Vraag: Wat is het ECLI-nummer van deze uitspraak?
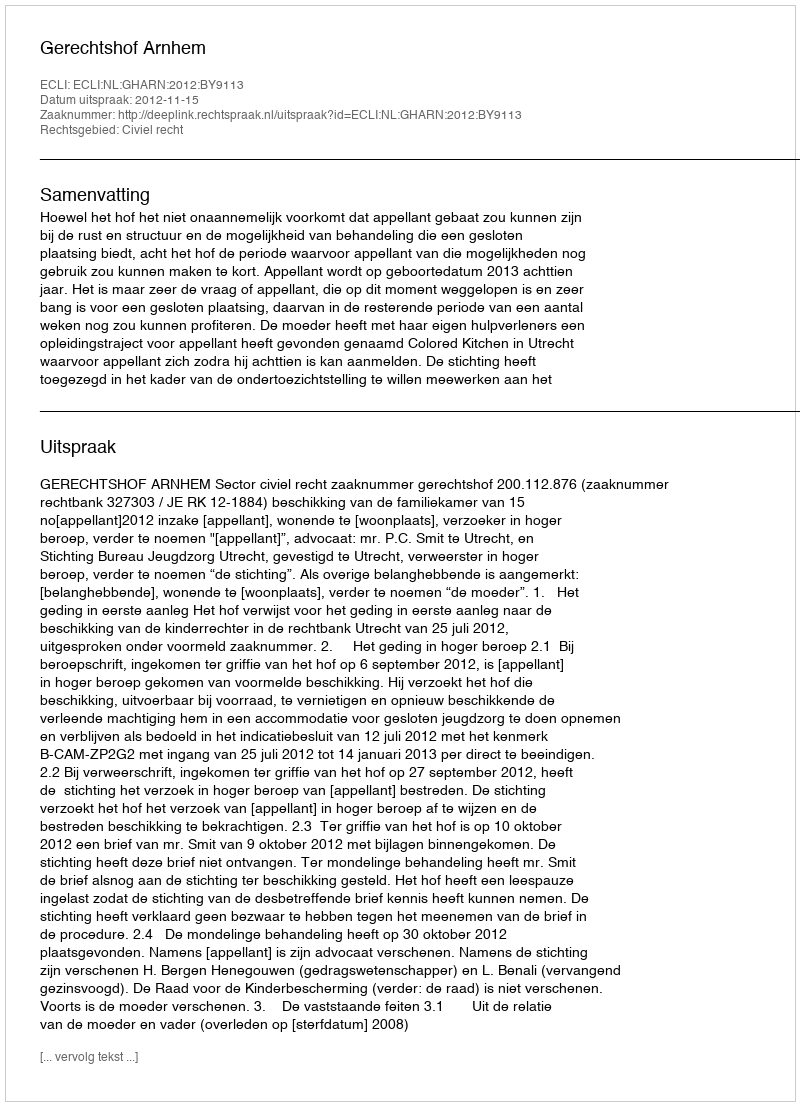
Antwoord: ECLI:NL:GHARN:2012:BY9113